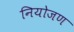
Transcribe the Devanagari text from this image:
नियोजण